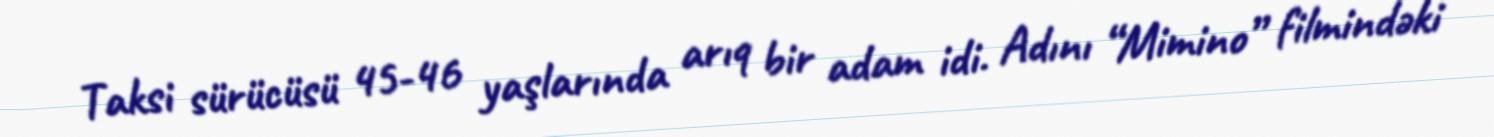
Taksi sürücüsü 45-46 yaşlarında arıq bir adam idi. Adını “Mimino” filmindəki